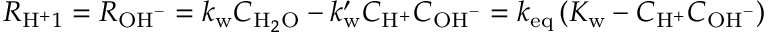
R _ { \mathrm { H } ^ { + } 1 } = R _ { \mathrm { O H } ^ { - } } = k _ { \mathrm { w } } C _ { \mathrm { H } _ { 2 } \mathrm { O } } - k _ { \mathrm { w } } ^ { \prime } C _ { \mathrm { H } ^ { + } } C _ { \mathrm { O H } ^ { - } } = k _ { \mathrm { e q } } \left( K _ { \mathrm { w } } - C _ { \mathrm { H } ^ { + } } C _ { \mathrm { O H } ^ { - } } \right)